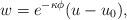
LaTeX: \begin{align*}w = e^{-\kappa \phi} (u-u_0),\end{align*}